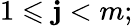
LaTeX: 1\leqslant\mathbf{j}<m;